Indian journal of veterinary science and animal husbandry - Volumes 15-17, 1948-1951
Year: 1948
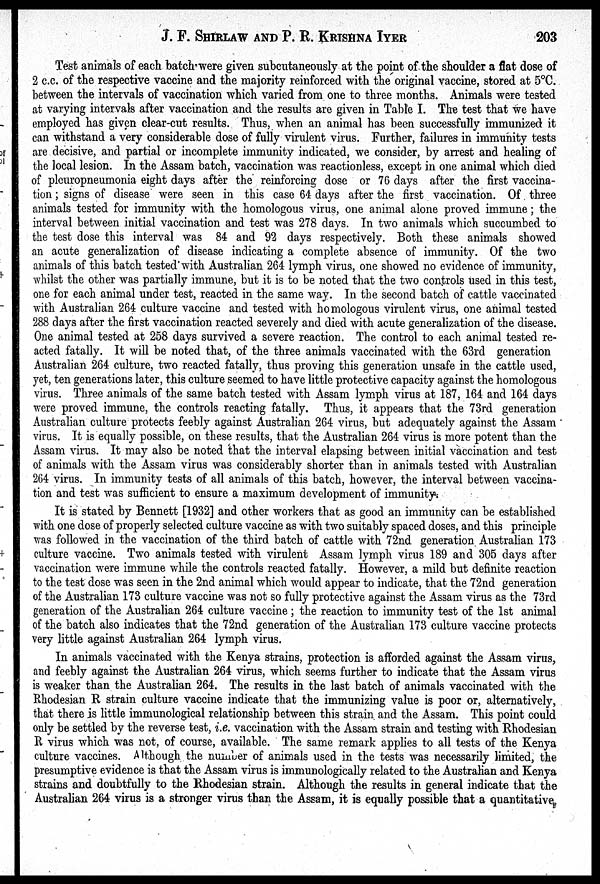
J. F. SHIRLAW AND P. R. KRISHNA IYER 203
Test animals of each batch were given subcutaneously at the point of the shoulder a flat dose of
2 c.c. of the respective vaccine and the majority reinforced with the original vaccine, stored at 5ºC.
between the intervals of vaccination which varied from one to three months. Animals were tested
at varying intervals after vaccination and the results are given in Table I. The test that we have
employed has given clear-cut results. Thus, when an animal has been successfully immunized it
can withstand a very considerable dose of fully virulent virus. Further, failures in immunity tests
are decisive, and partial or incomplete immunity indicated, we consider, by arrest and healing of
the local lesion. In the Assam batch, vaccination was reactionless, except in one animal which died
of pleuropneumonia eight days after the reinforcing dose or 76 days after the first vaccina-
tion; signs of disease were seen in this case 64 days after the first vaccination. Of three
animals tested for immunity with the homologous virus, one animal alone proved immune; the
interval between initial vaccination and test was 278 days. In two animals which succumbed to
the test dose this interval was 84 and 92 days respectively. Both these animals showed
an acute generalization of disease indicating a complete absence of immunity. Of the two
animals of this batch tested with Australian 264 lymph virus, one showed no evidence of immunity,
whilst the other was partially immune, but it is to be noted that the two controls used in this test,
one for each animal under test, reacted in the same way. In the second batch of cattle vaccinated
with Australian 264 culture vaccine and tested with homologous virulent virus, one animal tested
288 days after the first vaccination reacted severely and died with acute generalization of the disease.
One animal tested at 258 days survived a severe reaction. The control to each animal tested re-
acted fatally. It will be noted that, of the three animals vaccinated with the 63rd generation
Australian 264 culture, two reacted fatally, thus proving this generation unsafe in the cattle used,
yet, ten generations later, this culture seemed to have little protective capacity against the homologous
virus. Three animals of the same batch tested with Assam lymph virus at 187, 164 and 164 days
were proved immune, the controls reacting fatally. Thus, it appears that the 73rd generation
Australian culture protects feebly against Australian 264 virus, but adequately against the Assam
virus. It is equally possible, on these results, that the Australian 264 virus is more potent than the
Assam virus. It may also be noted that the interval elapsing between initial vaccination and test
of animals with the Assam virus was considerably shorter than in animals tested with Australian
264 virus. In immunity tests of all animals of this batch, however, the interval between vaccina-
tion and test was sufficient to ensure a maximum development of immunity.
It is stated by Bennett [1932] and other workers that as good an immunity can be established
with one dose of properly selected culture vaccine as with two suitably spaced doses, and this principle
was followed in the vaccination of the third batch of cattle with 72nd generation Australian 173
culture vaccine. Two animals tested with virulent Assam lymph virus 189 and 305 days after
vaccination were immune while the controls reacted fatally. However, a mild but definite reaction
to the test dose was seen in the 2nd animal which would appear to indicate, that the 72nd generation
of the Australian 173 culture vaccine was not so fully protective against the Assam virus as the 73rd
generation of the Australian 264 culture vaccine; the reaction to immunity test of the 1st animal
of the batch also indicates that the 72nd generation of the Australian 173 culture vaccine protects
very little against Australian 264 lymph virus.
In animals vaccinated with the Kenya strains, protection is afforded against the Assam virus,
and feebly against the Australian 264 virus, which seems further to indicate that the Assam virus
is weaker than the Australian 264. The results in the last batch of animals vaccinated with the
Rhodesian R strain culture vaccine indicate that the immunizing value is poor or, alternatively,
that there is little immunological relationship between this strain and the Assam. This point could
only be settled by the reverse test, i.e. vaccination with the Assam strain and testing with Rhodesian
R virus which was not, of course, available. The same remark applies to all tests of the Kenya
culture vaccines. Although the number of animals used in the tests was necessarily limited, the
presumptive evidence is that the Assam virus is immunologically related to the Australian and Kenya
strains and doubtfully to the Rhodesian strain. Although the results in general indicate that the
Australian 264 virus is a stronger virus than the Assam, it is equally possible that a quantitative